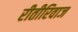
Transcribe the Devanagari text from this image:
रीतीरिवाज